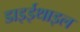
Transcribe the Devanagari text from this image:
डाइईथाइल